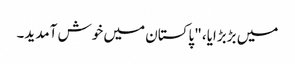
میں بڑبڑایا، "پاکستان میں خوش آمدید۔